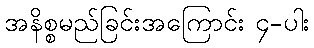
အနိစ္စမည်ခြင်းအကြောင်း ၄-ပါး